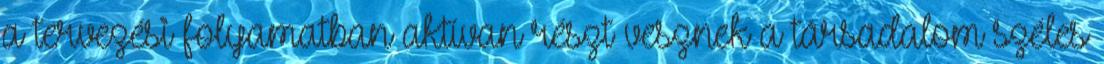
a tervezési folyamatban aktívan részt vesznek a társadalom széles